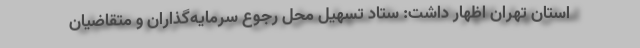
استان تهران اظهار داشت: ستاد تسهیل محل رجوع سرمایه‌گذاران و متقاضیان